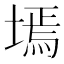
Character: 墕